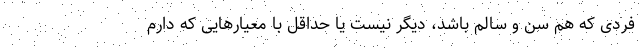
فردی که هم سن و سالم باشد، دیگر نیست یا حداقل با معیارهایی که دارم